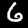
Digit: 6